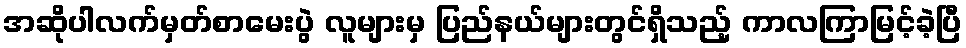
အဆိုပါလက်မှတ်စာမေးပွဲ လူများမှ ပြည်နယ်များတွင်ရှိသည့် ကာလကြာမြင့်ခဲ့ပြီ